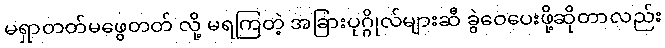
မရှာတတ်မဖွေတတ် လို့ မရကြတဲ့ အခြားပုဂ္ဂိုလ်များဆီ ခွဲဝေပေးဖို့ဆိုတာလည်း